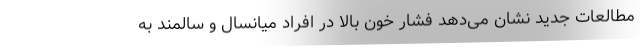
مطالعات جدید نشان می‌دهد فشار خون بالا در افراد میانسال و سالمند به